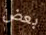
بعض